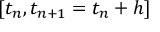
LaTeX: [ t _ { n } , t _ { n + 1 } = t _ { n } + h ]